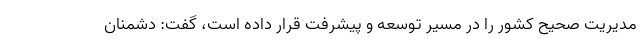
مدیریت صحیح کشور را در مسیر توسعه و پیشرفت قرار داده است، گفت: دشمنان